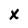
Character: X